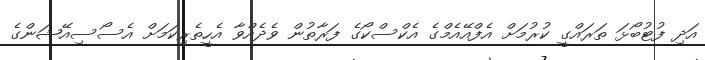
އަދި ފުޓުބޯޅަ ތަރައްގީ ކުރުމަށް އެފްއޭއެމްގެ އެކްސްކޯގެ ފަރާތުން ވެދެއްވާ އެހީތެރިކަމަށް އެސޯސިއޭޝަންގެ